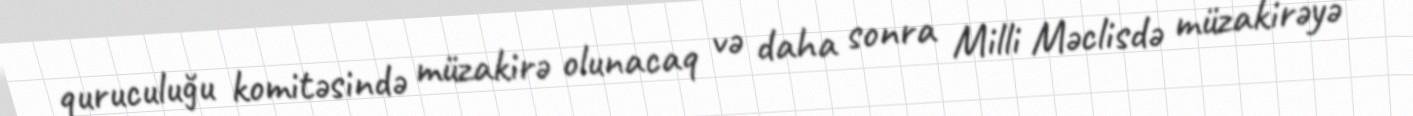
quruculuğu komitəsində müzakirə olunacaq və daha sonra Milli Məclisdə müzakirəyə